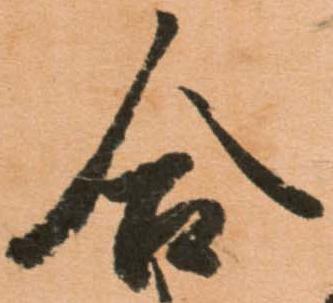
合